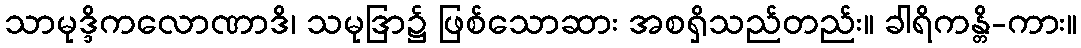
သာမုဒ္ဒိကလောဏာဒိ၊ သမုဒြာ၌ ဖြစ်သောဆား အစရှိသည်တည်း။ ခါရိကန္တိ-ကား။